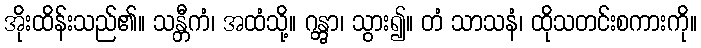
အိုးထိန်းသည်၏။ သန္တီကံ၊ အထံသို့။ ဂန္တွာ၊ သွား၍။ တံ သာသနံ၊ ထိုသတင်းစကားကို။